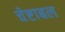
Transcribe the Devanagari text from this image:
चेष्टाबल